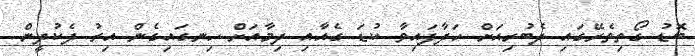
ބޮޑު ގޯތިތެރޭގައި ދެބުރިއަށް ހަދާފައިވާ ކުޑަ ގެއާއި ދިމާއަށް ހިނގައިގެން އިރު ދެކުދީން